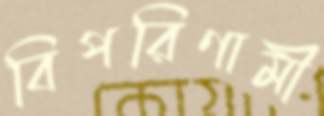
বিপরিণামী